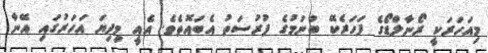
މިއަހަރަކީ ރޯނާލްޑޯގެ ފަހަރެކޭ ބުނުމުގެ ފުރުސަތު އެބައޮތެވެ. އެއީ މިދިޔަ އަހަރުގައި އޭނާ